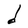
Character: d